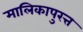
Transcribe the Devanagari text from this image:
मालिकापुरत्त